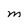
Character: M